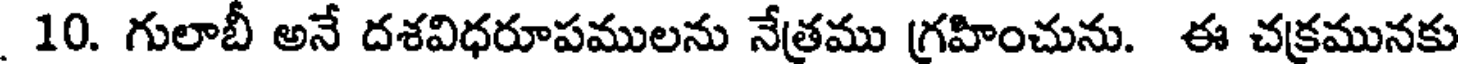
10. గులాబీ అనే దశవిధరూపములను నేత్రము గ్రహించును. ఈ చక్రమునకు